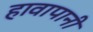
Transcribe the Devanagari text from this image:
हावापानी